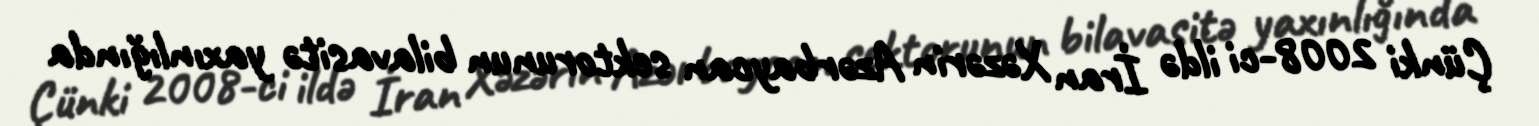
Çünki 2008-ci ildə İran Xəzərin Azərbaycan sektorunun bilavasitə yaxınlığında